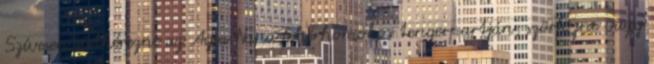
Szívesen sütkérezne az Ayia Napa fehérhomokos tengerpartján, szörfözne vagy